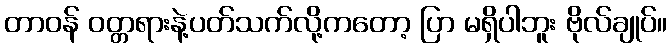
တာဝန် ဝတ္တရားနဲ့ပတ်သက်လို့ကတော့ ပြာ မရှိပါဘူး ဗိုလ်ချုပ်။